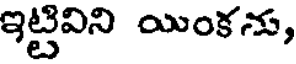
ఇట్టివిని యింకను,